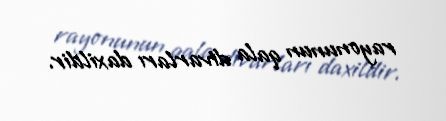
rayonunun qala divarları daxildir.